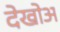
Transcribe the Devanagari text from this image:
देखोअ